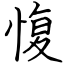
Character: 愎